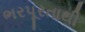
ભરપૂરતાથી